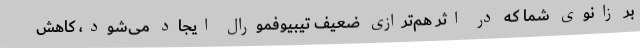
بر زانوی شما که در اثر هم‌ترازی ضعیف تیبیوفمورال ایجاد می‌شود، کاهش